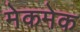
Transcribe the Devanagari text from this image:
मेकमेक